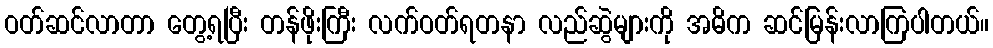
ဝတ်ဆင်လာတာ တွေ့ရပြီး တန်ဖိုးကြီး လက်ဝတ်ရတနာ လည်ဆွဲများကို အဓိက ဆင်မြန်းလာကြပါတယ်။